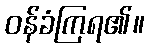
ဝန်ခံကြရ၏။